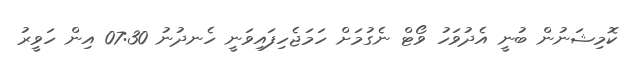
ކޮމިޝަނުން ބުނީ އެދުވަހު ވޯޓް ނެގުމަށް ހަމަޖެހިފައިވަނީ ހެނދުނު 07:30 އިން ހަވީރު